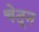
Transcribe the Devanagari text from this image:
चेतून